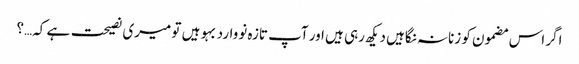
اگر اس مضمون کو زنانہ نگاہیں دیکھ رہی ہیں اور آپ تازہ نووارد بہو ہیں تو میری نصیحت ہے کہ…؟